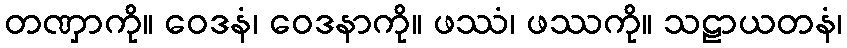
တဏှာကို။ ဝေဒနံ၊ ဝေဒနာကို။ ဖဿံ၊ ဖဿကို။ သဠာယတနံ၊